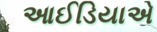
આઈડિયાએ